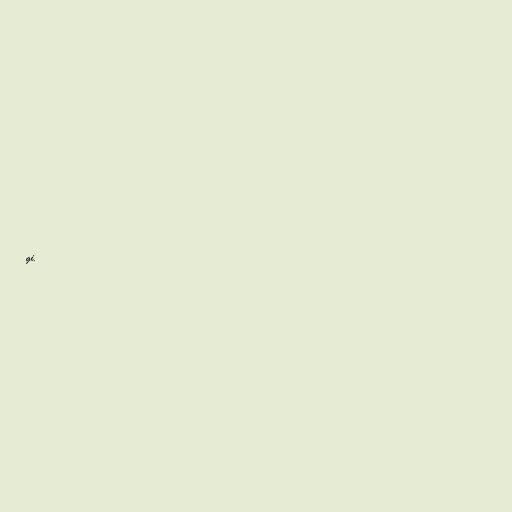
gi.